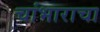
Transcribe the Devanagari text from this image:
चांभाराचा